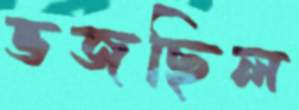
ভজছিল